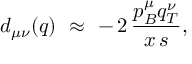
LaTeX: d _ { \mu \nu } ( q ) \, \, \approx \, \, - \, 2 \, \frac { p _ { B } ^ { \mu } q _ { T } ^ { \nu } } { x \, s } ,